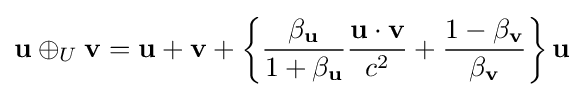
\mathbf {u} \oplus _{U}\mathbf {v} =\mathbf {u} +\mathbf {v} +\left\{{\frac {\beta _{\mathbf {u} }}{1+\beta _{\mathbf {u} }}}{\frac {\mathbf {u} \cdot \mathbf {v} }{c^{2}}}+{\frac {1-\beta _{\mathbf {v} }}{\beta _{\mathbf {v} }}}\right\}\mathbf {u}